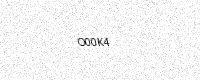
Text: O00K4